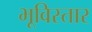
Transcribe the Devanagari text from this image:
भूविस्तार